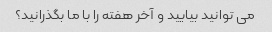
می توانید بیایید و آخر هفته را با ما بگذرانید؟